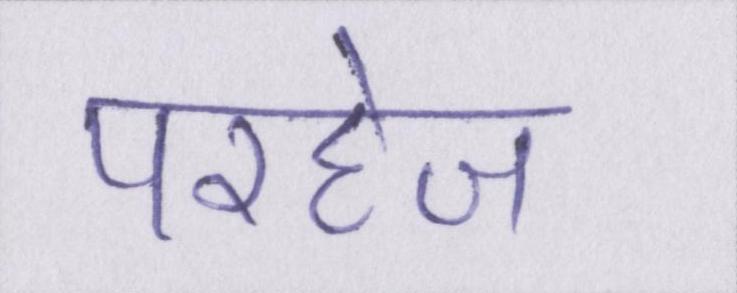
परहेज